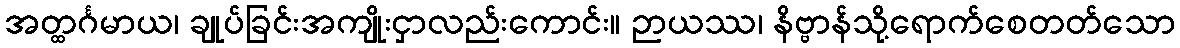
အတ္ထင်္ဂမာယ၊ ချုပ်ခြင်းအကျိုးငှာလည်းကောင်း။ ဉာယဿ၊ နိဗ္ဗာန်သို့ရောက်စေတတ်သော